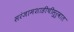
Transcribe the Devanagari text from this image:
सरंजामशाहीचीसुरुवात